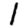
Digit: 1